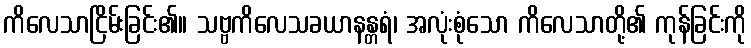
ကိလေသာငြိမ်းခြင်း၏။ သဗ္ဗကိလေသခယာနန္တရံ၊ အလုံးစုံသော ကိလေသာတို့၏ ကုန်ခြင်းကို